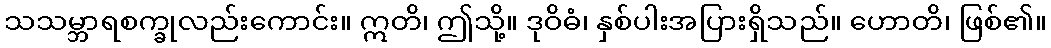
သသမ္ဘာရစက္ခုလည်းကောင်း။ ဣတိ၊ ဤသို့။ ဒုဝိဓံ၊ နှစ်ပါးအပြားရှိသည်။ ဟောတိ၊ ဖြစ်၏။